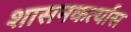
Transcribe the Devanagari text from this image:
शासनकर्त्यास